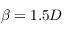
\beta = 1 . 5 D